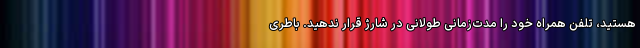
هستید، تلفن همراه خود را مدت‌زمانی طولانی در شارژ قرار ندهید. باطری